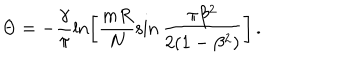
LaTeX: \Theta = - \frac { \gamma } { \pi } \ln \left[ \frac { m R } { N } \sin \frac { \pi \beta ^ { 2 } } { 2 ( 1 - \beta ^ { 2 } ) } \right] \, .